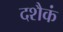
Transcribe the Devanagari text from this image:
दशैकं